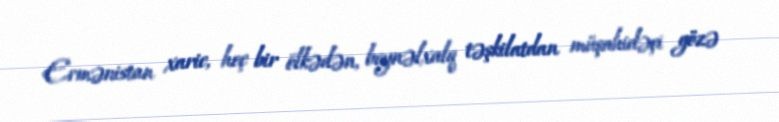
Ermənistan xaric, heç bir ölkədən, beynəlxalq təşkilatdan müşahidəçi gözə